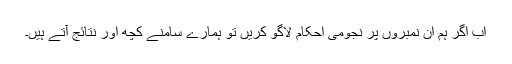
اب اگر ہم ان نمبروں پر نجومی احکام لاگو کریں تو ہمارے سامنے کچھ اور نتائج آتے ہیں۔